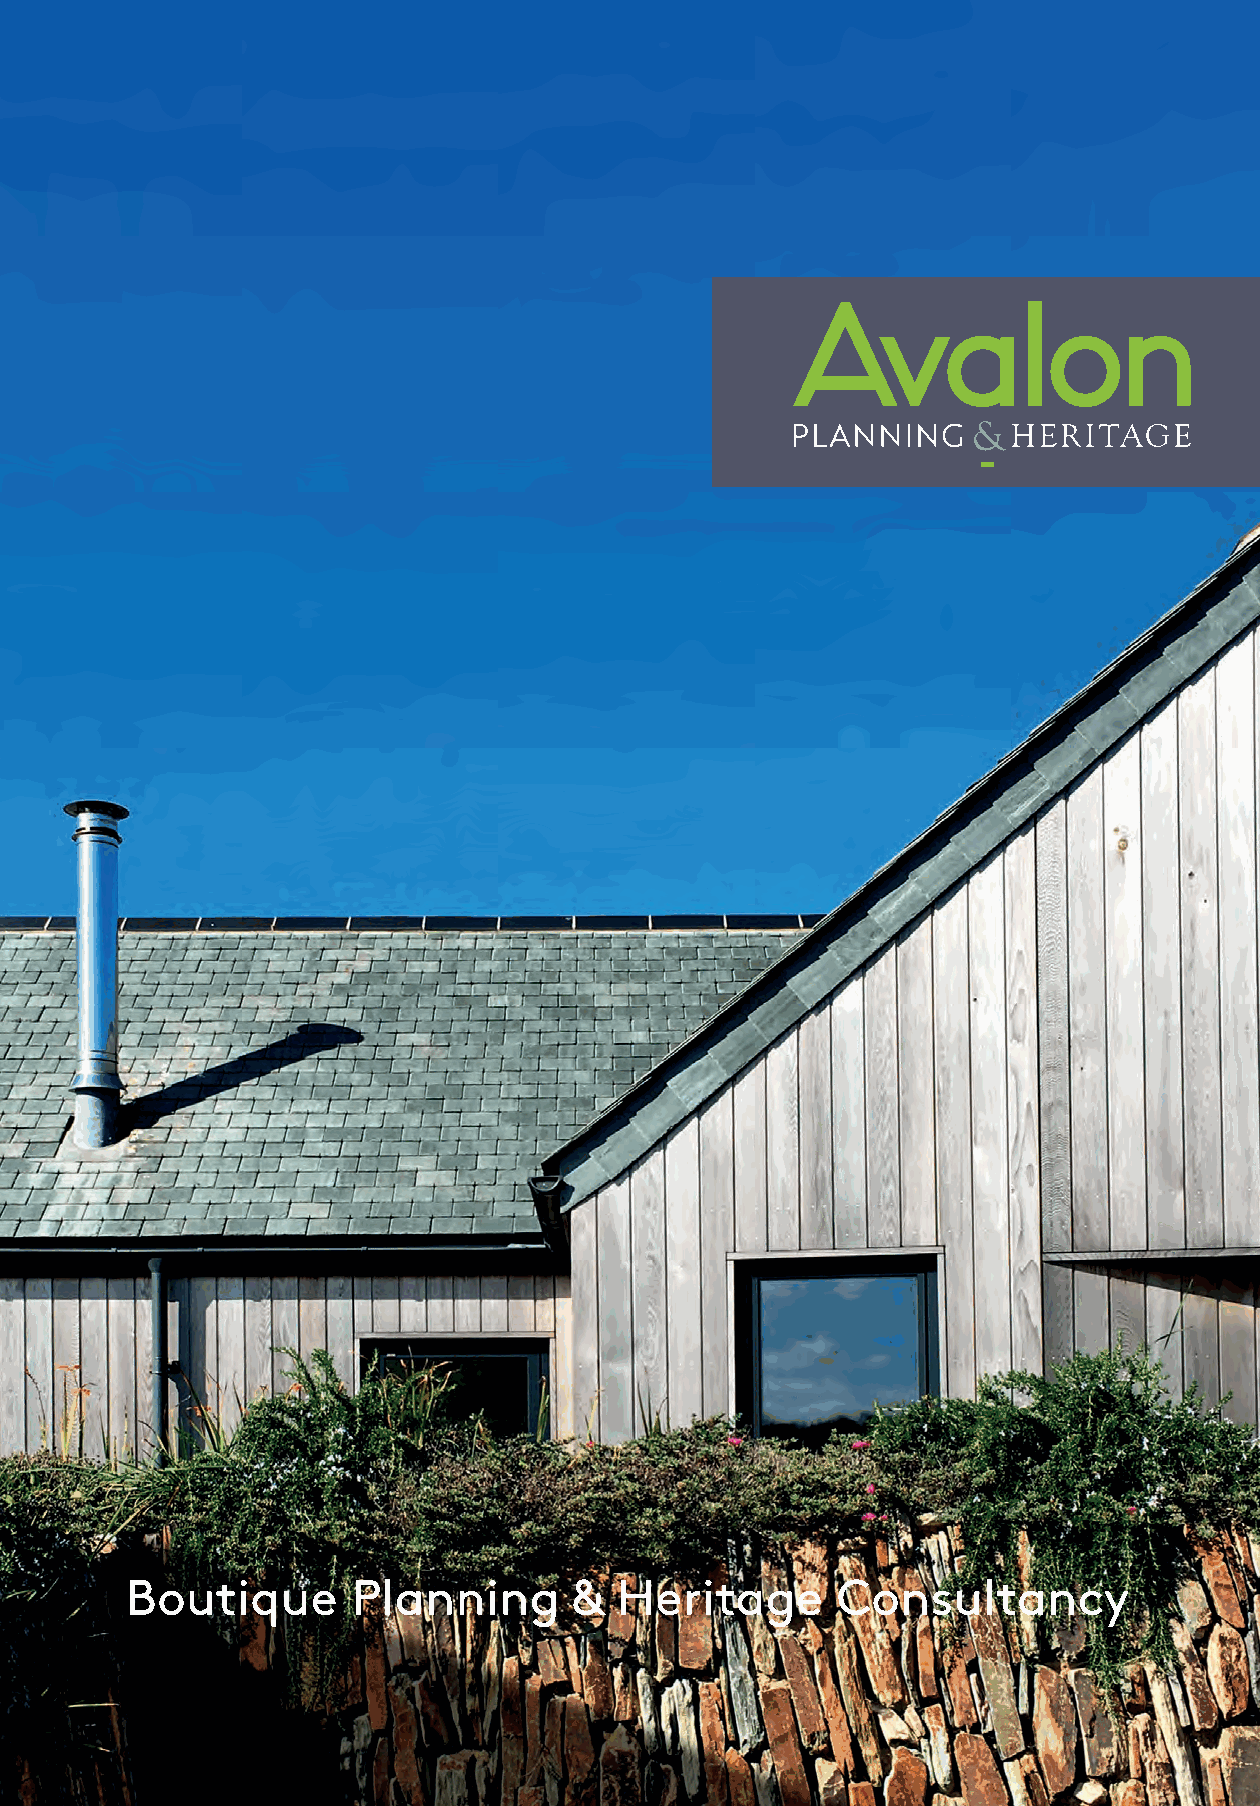
for
 H E R I T A G E
 Our Heritage experts assist private and public sector clients in securing
 Planning and listed building consent.We provide honest and pragmatic
 advice on development opportunities and coordinate applications from
 inception to delivery.
 Our Heritage services include:
 • Planning and listed building appraisals
 • Preparation and management of Listed Building Consent applications
 • Expert research and building interpretation
 • Professional advocacywith heritage stakeholders
 • Heritage Impact Assessments and Statements of Signifi cance
 • Conservation Area Appraisals
 • Estate Management Plans
 Nick Bishop
 • Certifi cates of immunity                      HERITAGE DIRECTOR
 • On going professional advice and client representation nick@avalonplanning.co.uk
 Boutique       Planning       &  Heritage      Consultancy